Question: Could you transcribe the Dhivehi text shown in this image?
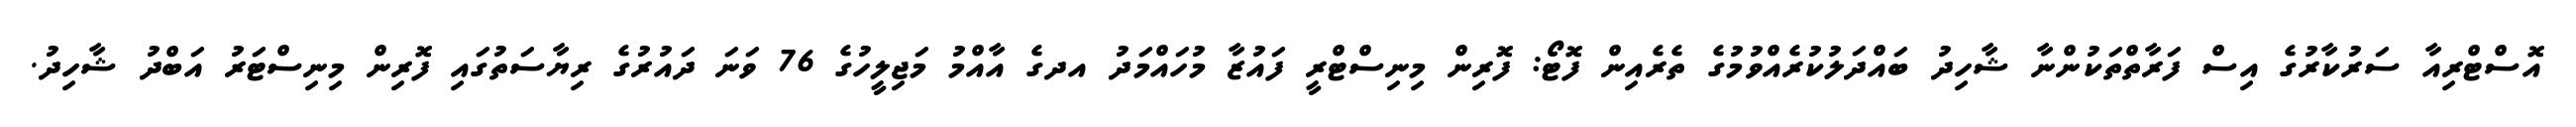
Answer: އޮސްޓްރިއާ ސަރުކާރުގެ އިސް ފަރާތްތަކުންނާ ޝާހިދު ބައްދަލުކުރެއްވުމުގެ ތެރެއިން ފޮޓޯ: ފޮރިން މިނިސްޓްރީ ފައުޒާ މުހައްމަދު އދގެ އާއްމު މަޖިލީހުގެ 76 ވަނަ ދައުރުގެ ރިޔާސަތުގައި ފޮރިން މިނިސްޓަރު އަބްދު ޝާހިދު.